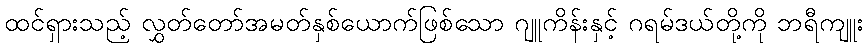
ထင်ရှားသည့် လွှတ်တော်အမတ်နှစ်ယောက်ဖြစ်သော ဂျူကိန်းနှင့် ဂရမ်ဒယ်တို့ကို ဘရီကျူး